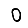
Digit: 0